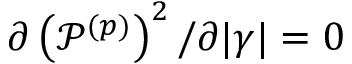
\partial \left( \mathcal { P } ^ { ( p ) } \right) ^ { 2 } / \partial | \gamma | = 0